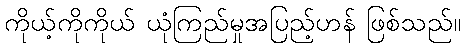
ကိုယ့်ကိုကိုယ် ယုံကြည်မှုအပြည့်ဟန် ဖြစ်သည်။